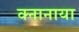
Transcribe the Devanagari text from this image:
क्नानाया